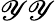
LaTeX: \mathscr{Y}\mathscr{Y}